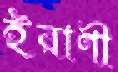
ইরাণী